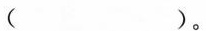
（ ）。